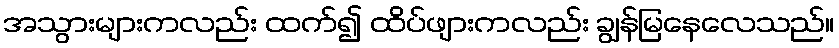
အသွားများကလည်း ထက်၍ ထိပ်ဖျားကလည်း ချွန်မြနေလေသည်။